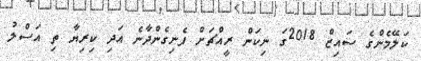
ކަލޭމެންގެ ސައިޒް 2018ގަ ނިކަން ރީއްޗަށް ފެނިގެންދާނެ އަދި ކިރިޔާ ތި އަސްލު